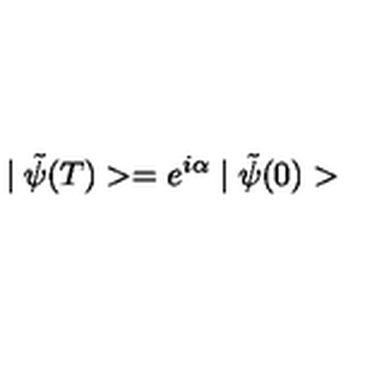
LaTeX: \mid \tilde { \psi } ( T ) > = e ^ { i \alpha } \mid \tilde { \psi } ( 0 ) >